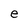
Character: e